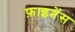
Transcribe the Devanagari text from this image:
फ़ाइनेंस